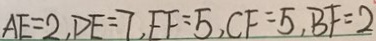
A E = 2 , D E = 7 , E F = 5 , C F = 5 , B F = 2